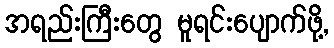
အရည်းကြီးတွေ မူရင်းပျောက်ဖို့,